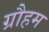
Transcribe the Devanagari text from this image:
ग्रौहम